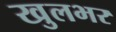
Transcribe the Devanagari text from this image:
खुलभर